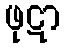
ဖုဋာ